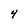
Character: 4